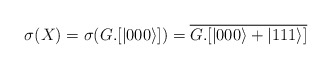
\begin{align*} \sigma(X)=\sigma(G.[|000\rangle])=\overline{G.[|000\rangle+|111\rangle]}\end{align*}